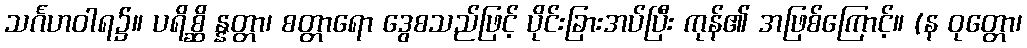
သင်္ဂဟဝါရ၌။ ပရိစ္ဆိ န္နတ္တာ၊ စတ္တာရော ဒွေစသည်ဖြင့် ပိုင်းခြားအပ်ပြီး ကုန်၏ အဖြစ်ကြောင့်။ (န ဝုတ္တော၊